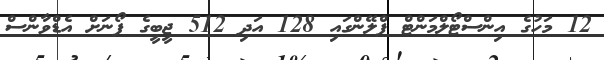
12 މަހުގެ އިންސްޓޯލްމަންޓް ޕްލޭންގައި 128 އަދި 512 ޖީބީގެ ފޯނަށް އެޑްވާންސް